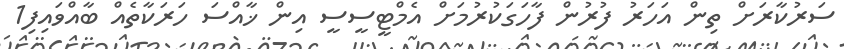
ސަރުކާރަށް ތިން އަހަރު ފުރުން ފާހަގަކުރުމަށް އެމްޓީސީސީ އިން ޚާއްސަ ހަރަކާތެއް ބާއްވައިފި1